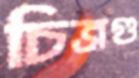
চিত্রগু